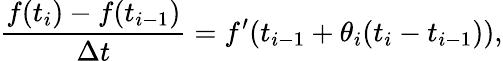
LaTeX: {\frac{f(t_{i})-f(t_{i-1})}{\Delta t}}=f^{\prime}(t_{i-1}+\theta_{i}(t_{i}-t_{i-1})),